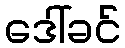
ဒေါ်ခင်